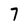
Character: 7